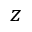
z